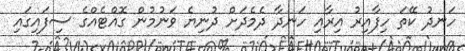
ހަނދު ކޭތަ ހިފާއިރު އިރާއި ހަނދާ ދެމެދަށް ދުނިޔެ ވަނުމުން ގޮއްޓެއްގެ ސިފައިގައި